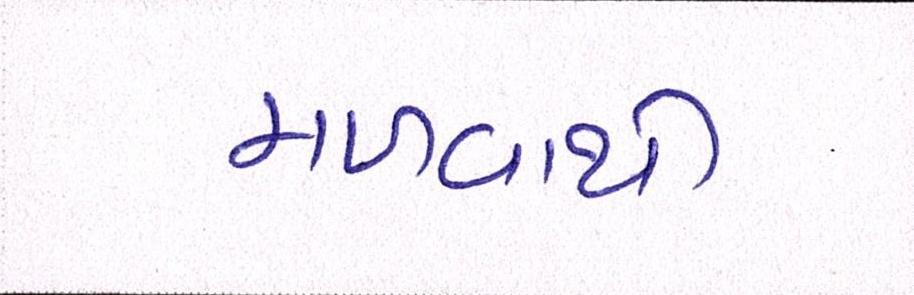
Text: મળવાથી